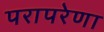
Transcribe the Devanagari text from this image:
परापरेणा